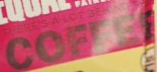
COFFEE